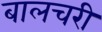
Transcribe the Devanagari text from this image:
बालचरी